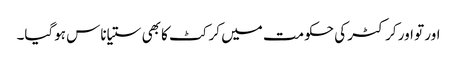
اور تو اور کرکٹر کی حکومت میں کرکٹ کا بھی ستیاناس ہوگیا۔